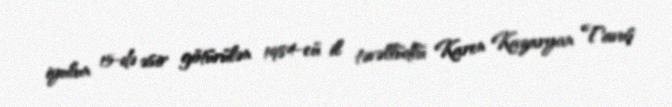
iyulun 15-də əsir götürülən 1984-cü il təvəllüdlü Karen Kazaryan Tavuş